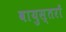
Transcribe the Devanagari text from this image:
वायुस्तरों